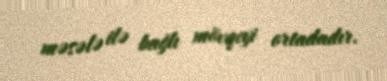
məsələ ilə bağlı mövqeyi ortadadır.